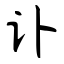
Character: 讣